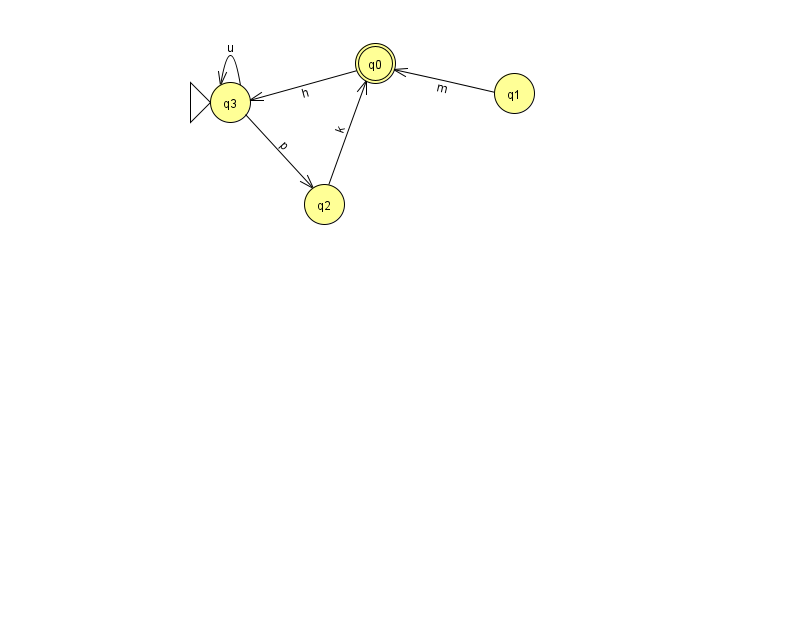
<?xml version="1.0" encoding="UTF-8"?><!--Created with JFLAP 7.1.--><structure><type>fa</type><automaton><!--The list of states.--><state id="0" name="q0"><x>375.0</x><y>50.0</y><final/></state><state id="1" name="q1"><x>514.0</x><y>80.0</y></state><state id="2" name="q2"><x>324.0</x><y>191.0</y></state><state id="3" name="q3"><x>230.0</x><y>89.0</y><initial/></state><!--The list of transitions.--><transition><from>2</from><to>0</to><read>k</read></transition><transition><from>3</from><to>3</to><read>u</read></transition><transition><from>1</from><to>0</to><read>m</read></transition><transition><from>0</from><to>3</to><read>h</read></transition><transition><from>3</from><to>2</to><read>p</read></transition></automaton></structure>